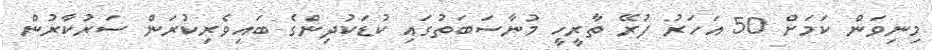
މިނިވަން ކަމަށް 50 އަހަރު ފުރޭ ތާރީހީ މުނާސަބަތުގައި ކުޑަކުދިންގެ ބައިވެރިކުރަން ސަރުކާރުން